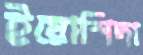
ইয়োশিদা